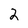
Character: 2